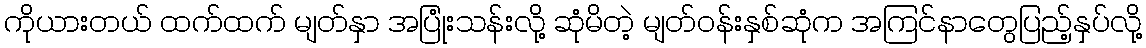
ကိုယားတယ် ထက်ထက် မျတ်နှာ အပြုံးသန်းလို့ ဆုံမိတဲ့ မျတ်ဝန်းနှစ်ဆုံက အကြင်နာတွေပြည့်နှပ်လို့